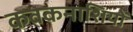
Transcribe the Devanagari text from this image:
कवकनाशियों